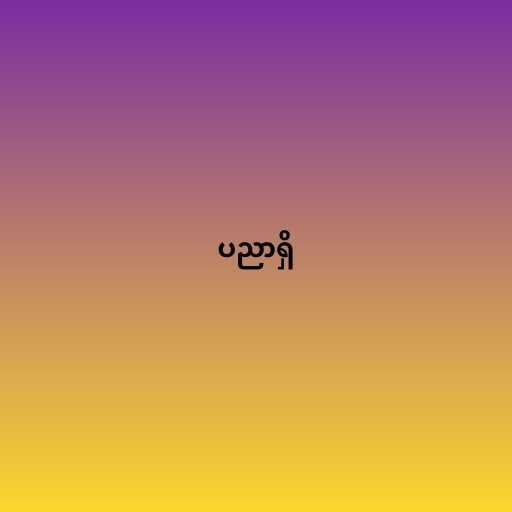
ပညာရှိ